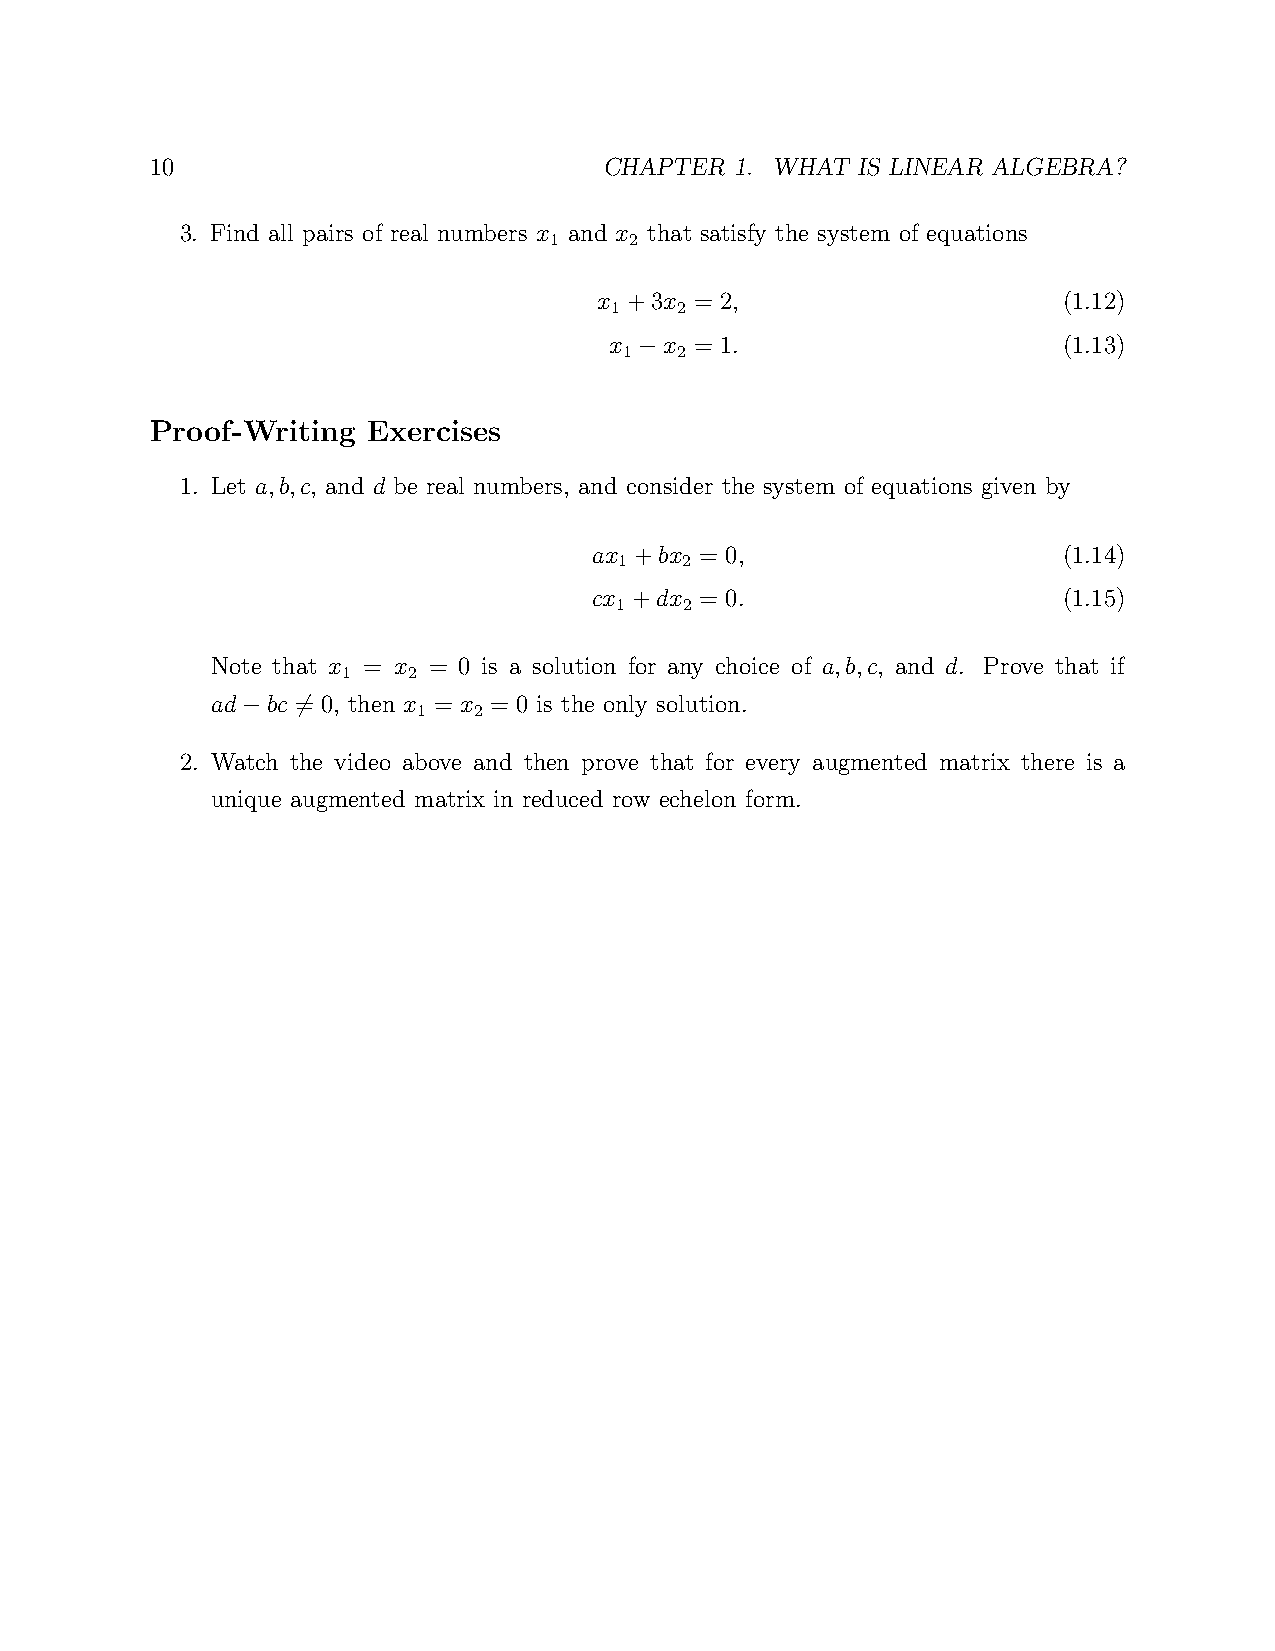
10                            CHAPTER  1. WHAT IS LINEAR ALGEBRA?
 3. Find all pairs of real numbers x and x that satisfy the system of equations
 1     2
 x +3x = 2,                    (1.12)
 1    2
 x   x = 1.                    (1.13)
 1   2
 −
 Proof-Writing Exercises
 1. Let a,b,c, and d be real numbers, and consider the system of equations given by
 ax +bx = 0,                    (1.14)
 1   2
 cx +dx = 0.                    (1.15)
 1   2
 Note that x = x = 0 is a solution for any choice of a,b,c, and d. Prove that if
 1   2
 ad  bc = 0, then x = x = 0 is the only solution.
 1  2
 −   6
 2. Watch the video above and then prove that for every augmented matrix there is a
 unique augmented matrix in reduced row echelon form.